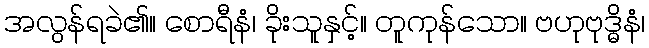
အလွန်ရခဲ၏။ စောရီနံ၊ ခိုးသူနှင့်။ တူကုန်သော။ ဗဟုဗုဒ္ဓိနံ၊